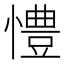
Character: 𢢪